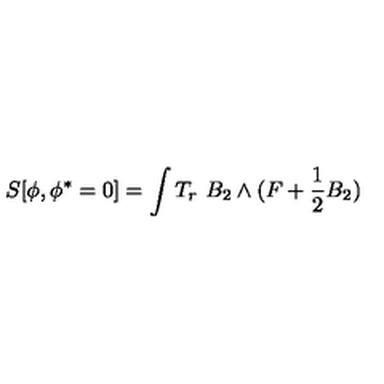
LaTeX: S [ \phi , \phi ^ { * } = 0 ] = \int T _ { r } \ B _ { 2 } \wedge ( F + \frac 1 2 B _ { 2 } )